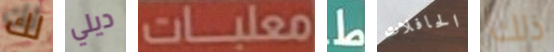
لك ديلي معلبات ط الحافلات ذلك